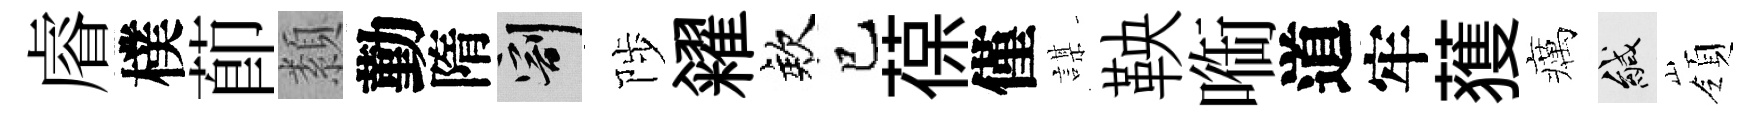
𥈠樸莭纇勤隋割陟糴欸巳葆僅謀鞅㗸道牢𫉬癘緘嶺